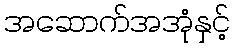
အဆောက်အအုံနှင့်